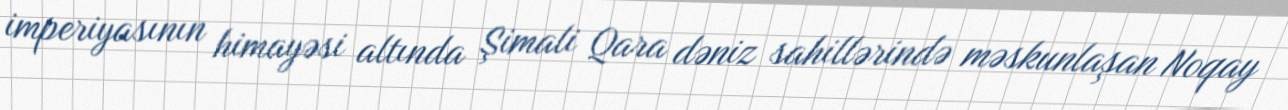
imperiyasının himayəsi altında Şimali Qara dəniz sahillərində məskunlaşan Noqay